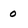
Character: 0